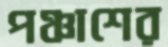
পঞ্চাশের